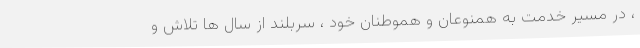
، در مسیر خدمت به همنوعان و هموطنان خود ، سربلند از سال ها تلاش و